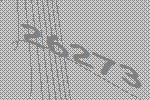
26273